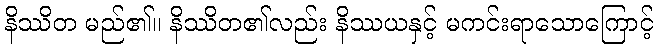
နိဿိတ မည်၏။ နိဿိတ၏လည်း နိဿယနှင့် မကင်းရာသောကြောင့်